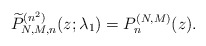
\begin{gather*} \widetilde{P}_{N,M,n}^{( n^{2}) }( z; \lambda_1) =P_{n}^{( N,M) }(z) .\end{gather*}